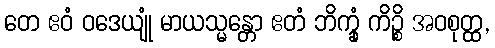
တေ ဧဝံ ဝဒေယျုံ မာယသ္မန္တော ဧတံ ဘိက္ခုံ ကိဉ္စိ အဝစုတ္ထ,